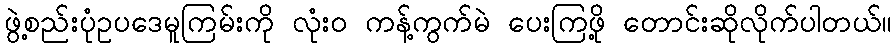
ဖွဲ့စည်းပုံဥပဒေမူကြမ်းကို လုံး၀ ကန့်ကွက်မဲ ပေးကြဖို့ တောင်းဆိုလိုက်ပါတယ်။